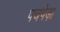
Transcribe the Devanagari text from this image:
पचपेड़ा